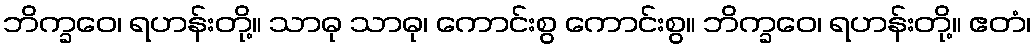
ဘိက္ခဝေ၊ ရဟန်းတို့။ သာဓု သာဓု၊ ကောင်းစွ ကောင်းစွ။ ဘိက္ခဝေ၊ ရဟန်းတို့။ ဧတံ၊